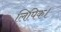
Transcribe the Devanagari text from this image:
लिपिक।